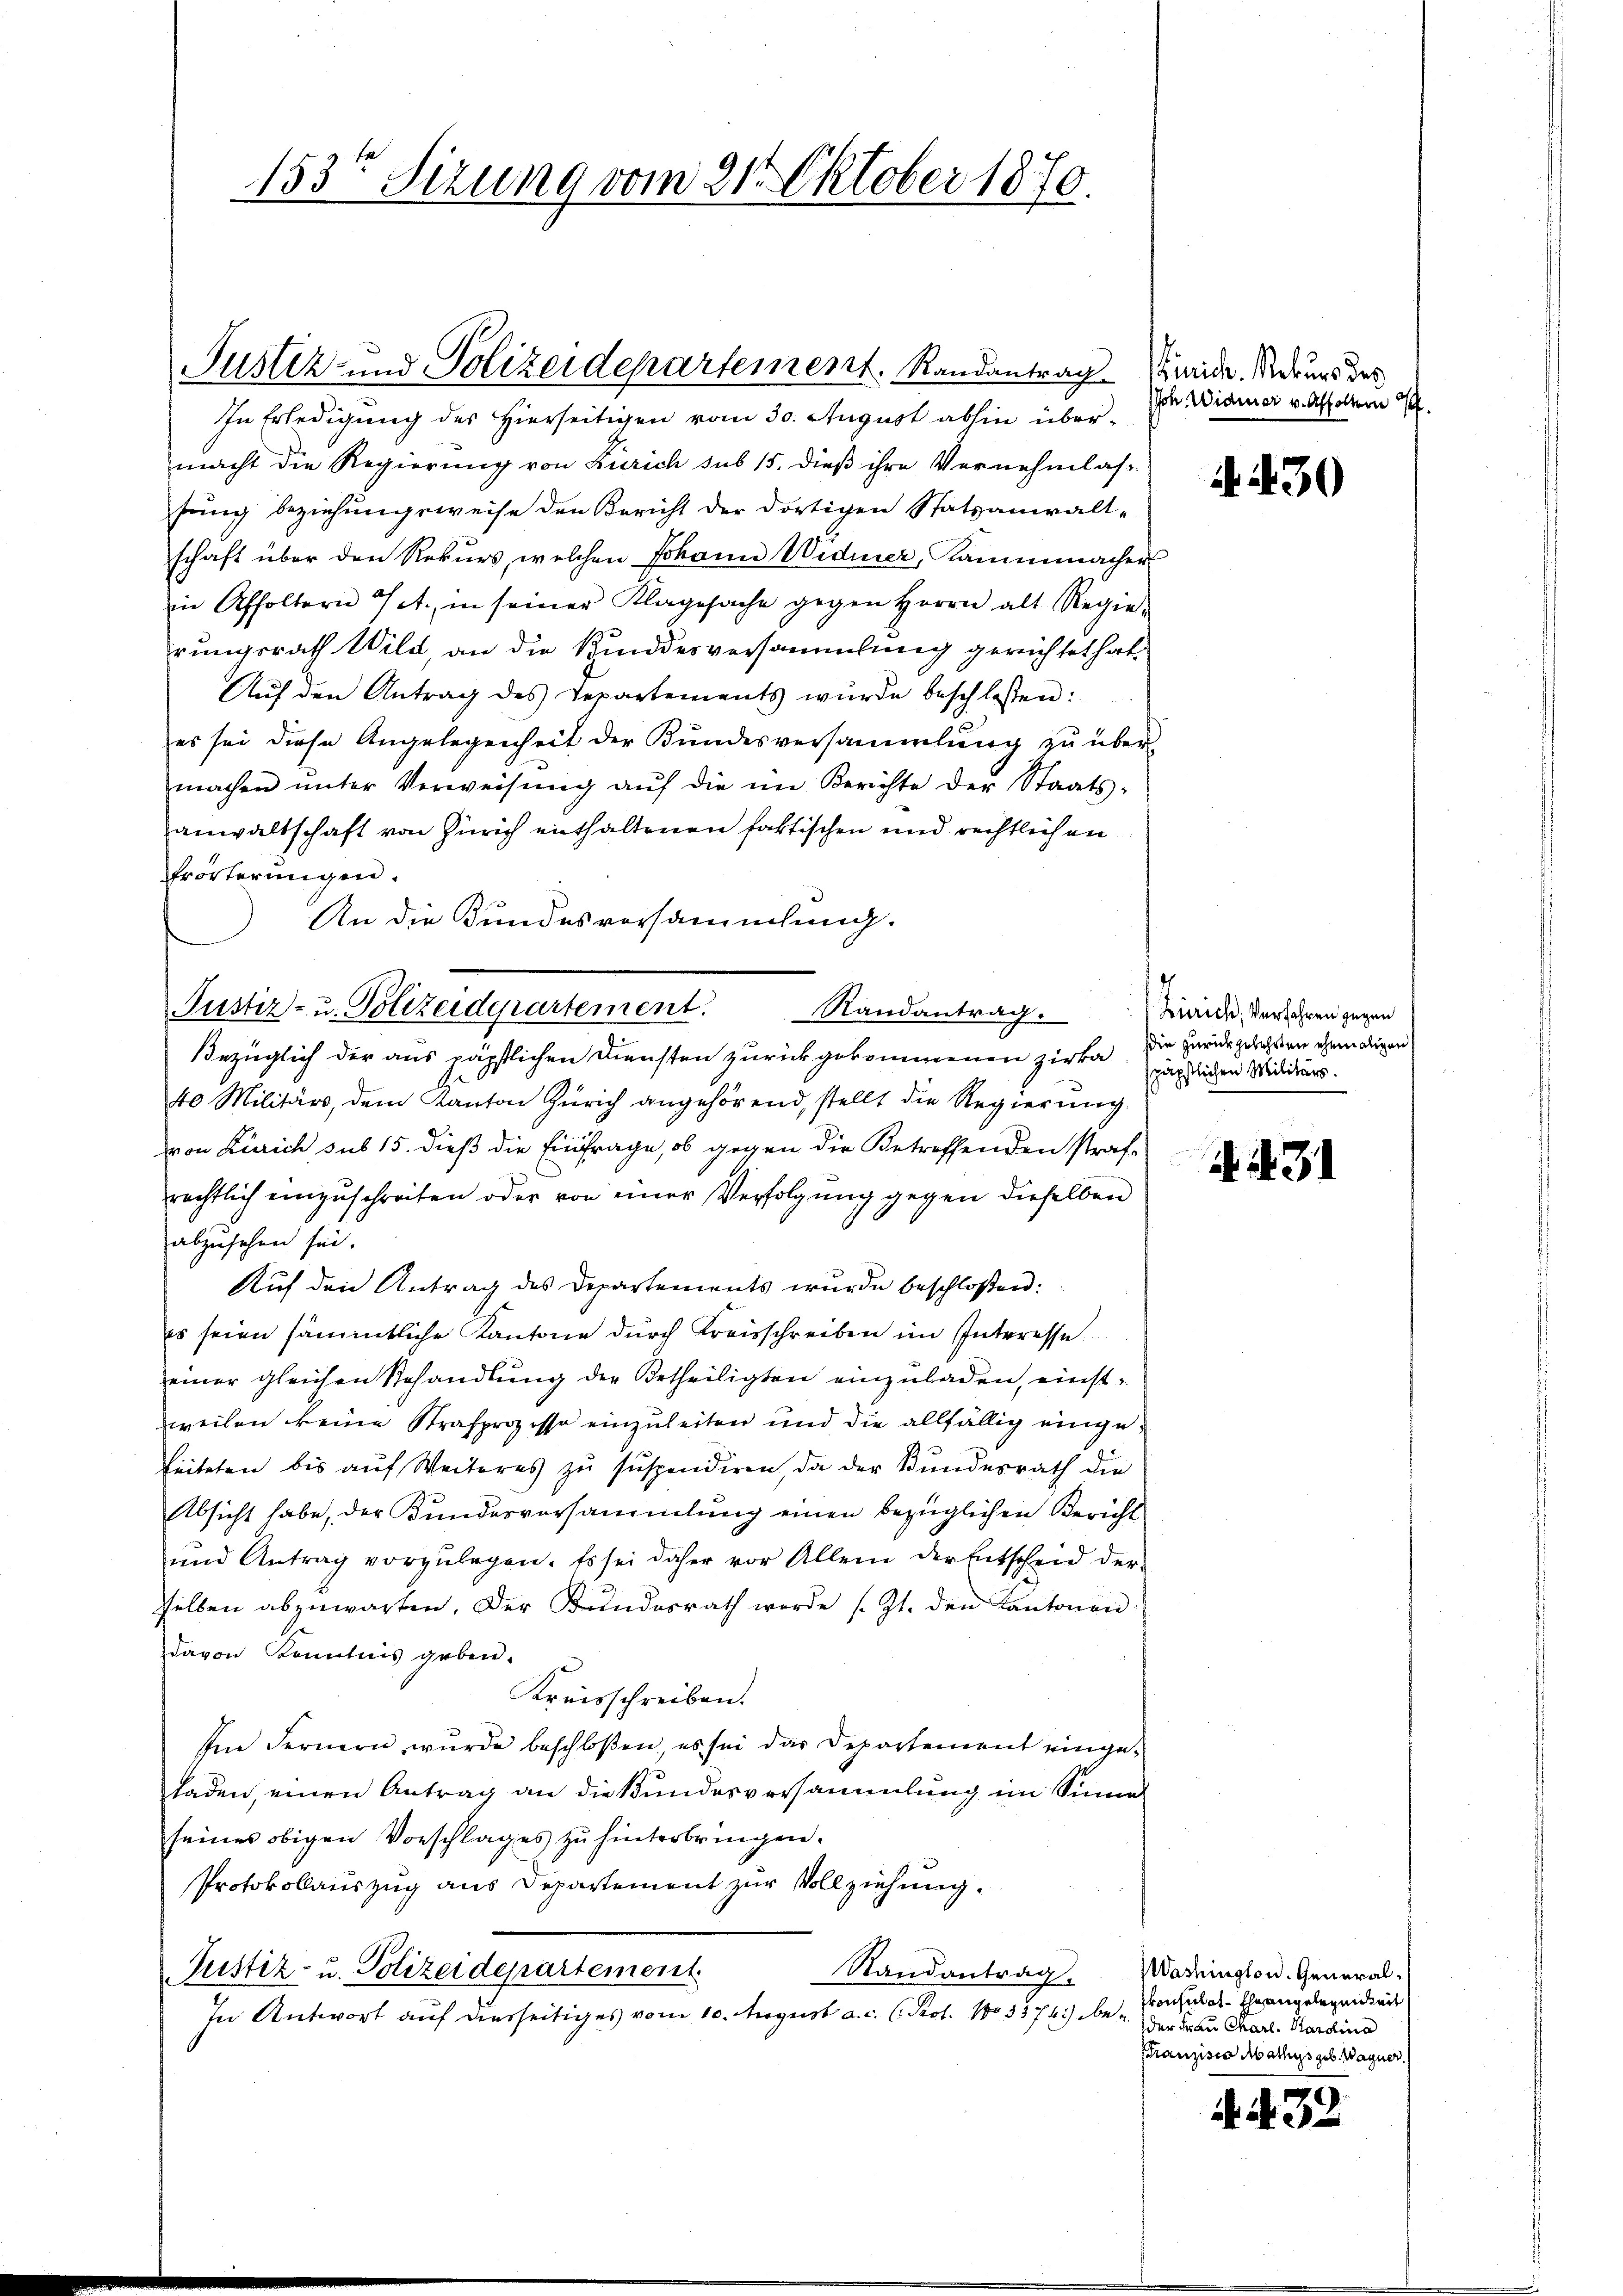
Justiz- und Polizeidepartement. Randantrag. Beide. Neurs des

In Erledigung des Hierseitigen vom 30. August abhin übermacht die Regierung von Zürich sub 15. dieß ihre Vernehmlassung beziehungsweise den Bericht der dortigen Statsanwalt-
schaft über den Rekŭrs, welchen Johann Widmer, Kammmacher
in Affoltern 7 A., in seiner Klagesache gegen Herrn alt Regie-
rungsrath Wild, an die Kundesversammlung gerechtet hat.
Aŭf den Antrag des Departements würde beschlossen:
es sei diese Angelegenheit der Bundesversammlung zu übermachen ŭnter Verweisŭng aŭf die im Berichte der Staats-
anwaltschaft von Zürich enthaltenen faktischen und rechtlich an
frörterungen.
An die Bundesversammlung.
Bezüglich der aus päpstlichen Diensten zurückgekommenen Zirka die Harus gelehren ehemaligen
40 Militärs, dem Kanton Zürich angehörend, stellt die Regierung.
von Zürich sub 15. dieß die Einfrage, ob gegen die Betreffenden strafe
rechtlich einzuschreiten oder von einer Verfolgung gegen dieselben
abzusehen sei.
Auf den Antrag des Departements wurde beschloßen:
es seien sämmtliche Kantone durch Kreisschreiben im Interesse
einer gleichen Behandlŭng der Betheiligten einzŭladen, einstweilen keine Strafprozesse einzuleiten und die allfällig einge¬
Seiteten bis auf Weiteres zu suspendiren, da der Bundesrath die
Absicht habe, der Kundesversammlung einen bezüglichen Bericht
und Antrag vorzŭlegen. Es sei daher vor Allem der Entscheid der
selben abzŭwarten. Der Bundesrath werde s. Zt. den Kantonen
davon Kenntnis geben.
Kreisschreiben.
Im Fernern wurde beschloßen, es sei das Departement eingeladen, einen Antrag an die Bundesversammlung im Sinne
seines obigen Vorschlages zu hinterbringen.
Protokollauszug aus Departement zur Vollziehung.
Justiz- u. Polizeidepartement
Randantrag.
In Antwort auf diesseitiges vom 10. August a. c. l. Prot. 103374) aber Dir das Karl Kardina

153ten Sizung vom 21. Oktober 1870.

Justiz- u. Polizeiderartement. Randantrag.

Ich. Widmer v. Affoltern

430

Zürich, Verfahren gegen
späpstlichen Militärs.

A 31

Washington. General¬
Consulat - Ehe angelegensart
Franzisco Mathes geb. Wagner,

A . 32